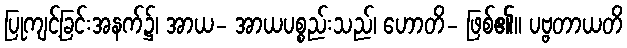
ပြုကျင့်ခြင်းအနက်၌၊ အာယ- အာယပစ္စည်းသည်၊ ဟောတိ- ဖြစ်၏။ ပဗ္ဗတာယတိ